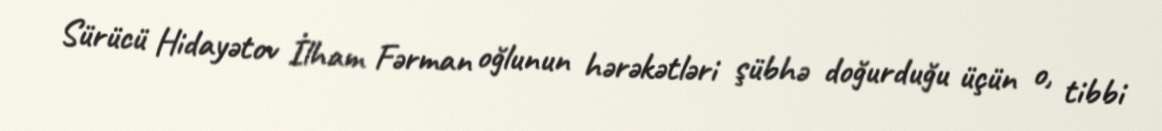
Sürücü Hidayətov İlham Fərman oğlunun hərəkətləri şübhə doğurduğu üçün o, tibbi